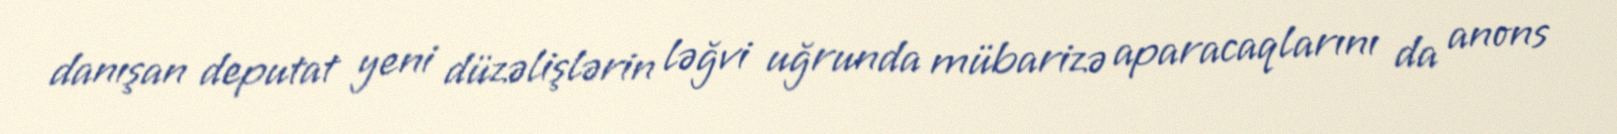
danışan deputat yeni düzəlişlərin ləğvi uğrunda mübarizə aparacaqlarını da anons